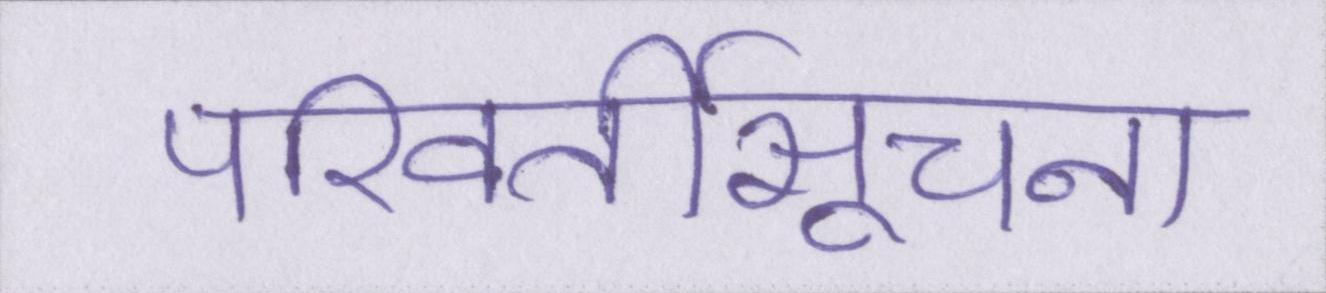
परिवर्तीसूचना